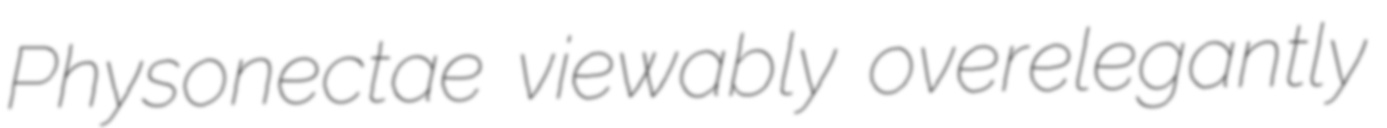
Physonectae viewably overelegantly